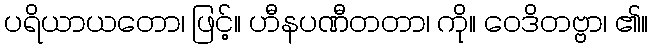
ပရိယာယတော၊ ဖြင့်။ ဟီနပဏီတတာ၊ ကို။ ဝေဒိတဗ္ဗာ၊ ၏။